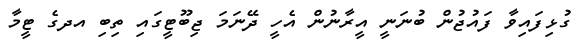
ގުޅިފައިވާ ފައުޖުން ބުނަނީ އީރާނުން އެހީ ދޭނަމަ ޖިބޫޓީގައި ތިބި އދގެ ޓީމާ